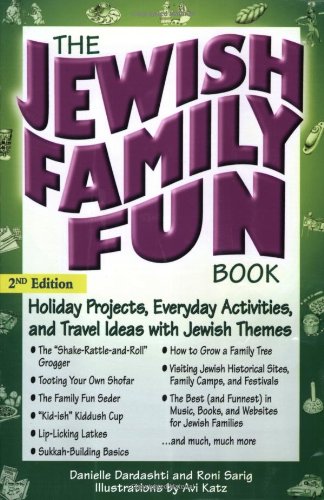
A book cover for The Jewish Family Fun Book: Holiday Projects, Everyday Activities, and Travel Ideas with Jewish Themes; Danielle Dardashti; Religion & Spirituality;